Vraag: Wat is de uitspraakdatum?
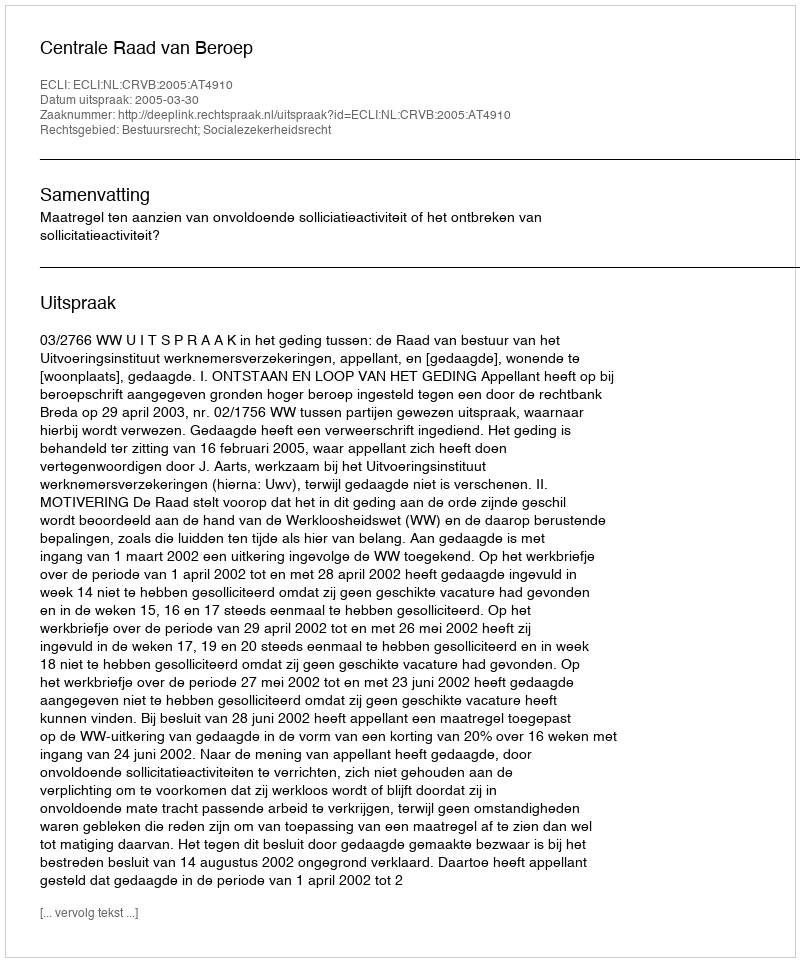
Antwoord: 2005-03-30